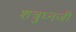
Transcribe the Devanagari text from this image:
शत्रुघ्नजी